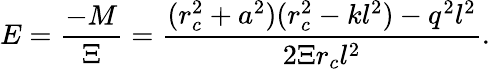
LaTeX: E=\frac{-M}{\Xi}=\frac{(r_{c}^{2}+a^{2})(r_{c}^{2}-kl^{2})-q^{2}l^{2}}{2\Xi r_{c}l^{2}}.